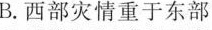
B.西部灾情重于东部